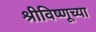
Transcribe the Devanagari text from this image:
श्रीविष्णूच्या